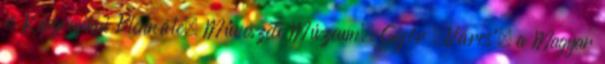
és Képgrafikai Biennále, Művészeti Múzeum, Győr „Város”, a Magyar